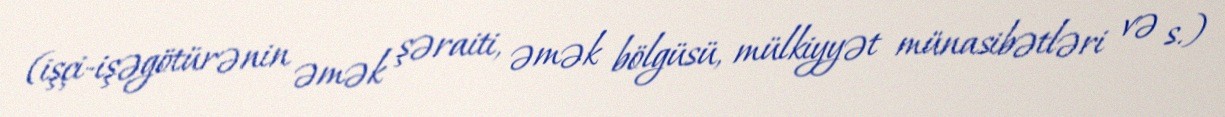
(işçi-işəgötürənin əmək şəraiti, əmək bölgüsü, mülkiyyət münasibətləri və s.)